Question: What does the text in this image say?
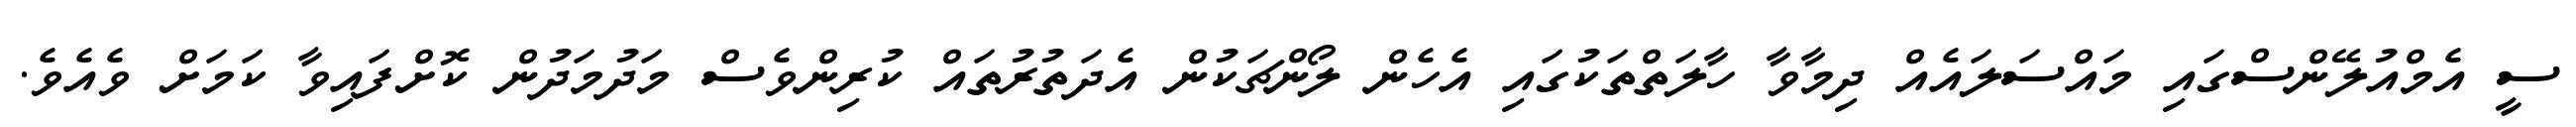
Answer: ސީ އެމްއުލޭންސްގައި މައްސަލައެއް ދިމާވާ ހާލަތްތަކުގައި އެހެން ލޯންޗަކުން އެދަތުރުތައް ކުރިންވެސް މަދުމަދުން ކޮށްފައިވާ ކަމަށް ވެއެވެ.